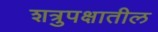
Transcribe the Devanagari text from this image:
शत्रुपक्षातील